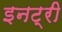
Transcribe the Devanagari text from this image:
इनट्री